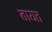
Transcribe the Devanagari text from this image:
बायत